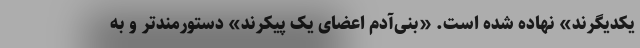
یکدیگرند» نهاده شده است. «بنی‌آدم اعضای یک پیکرند» دستورمندتر و به